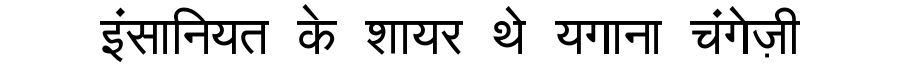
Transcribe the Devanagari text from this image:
इंसानियत के शायर थे यगाना चंगेज़ी